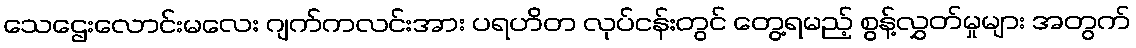
သေဌေးလောင်းမလေး ဂျက်ကလင်းအား ပရဟိတ လုပ်ငန်းတွင် တွေ့ရမည့် စွန့်လွှတ်မှုများ အတွက်